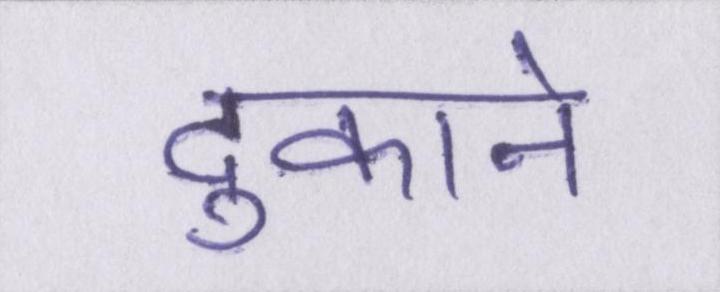
दुकाने